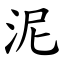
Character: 泥